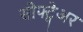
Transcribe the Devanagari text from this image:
सोफ्ट्वेअर